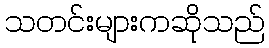
သတင်းများကဆိုသည်